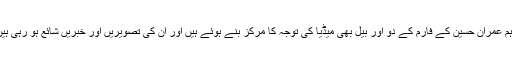
تاہم عمران حسین کے فارم کے دو اور بیل بھی میڈیا کی توجہ کا مرکز بنے ہوئے ہیں اور ان کی تصویریں اور خبریں شائع ہو رہی ہیں۔